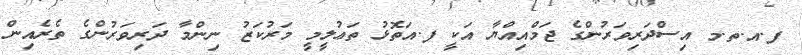
ފ.އ.ތ.މ އިސްދަރިވަރުންގެ ޖަމްއިއްޔާ އަކީ ފ.އަތޮޅު ތަޢުލީމީ މަރުކަޒު ނިންމާ ދަރިވަރުންގެ ތެރެއިން